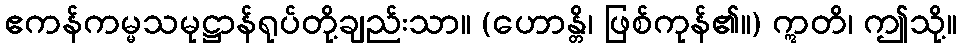
ဧကန်ကမ္မသမုဋ္ဌာန်ရုပ်တို့ချည်းသာ။ (ဟောန္တိ၊ ဖြစ်ကုန်၏။) ဣတိ၊ ဤသို့။